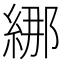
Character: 𦀨